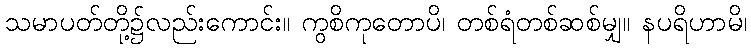
သမာပတ်တို့၌လည်းကောင်း။ ကွစိကုတောပိ၊ တစ်ရံတစ်ဆစ်မျှ။ နပရိဟာမိ၊